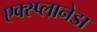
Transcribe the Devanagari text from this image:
एक्स्प्लानेडा